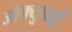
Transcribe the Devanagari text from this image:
ऑक्युपाई